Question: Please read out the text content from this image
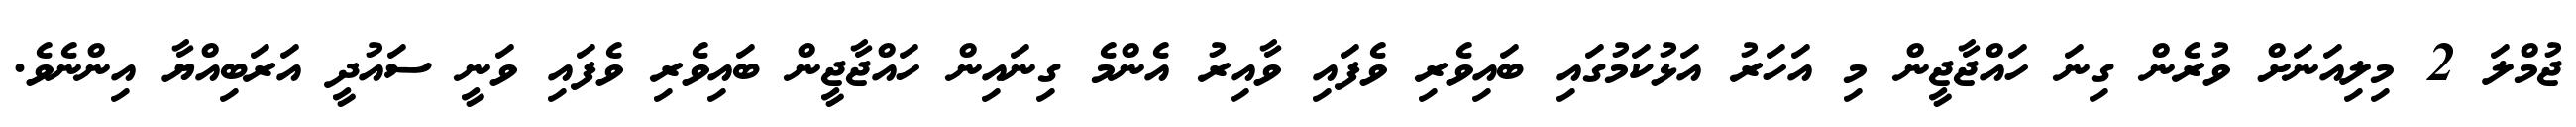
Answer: ޖުމްލަ 2 މިލިއަނަށް ވުރެން ގިނަ ހައްޖާޖީން މި އަހަރު އަޅުކަމުގައި ބައިވެރި ވެފައި ވާއިރު އެންމެ ގިނައިން ހައްޖާޖީން ބައިވެރި ވެފައި ވަނީ ސައުދީ އަރަބިއްޔާ އިންނެވެ.